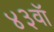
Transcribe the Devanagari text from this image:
४३वॉ